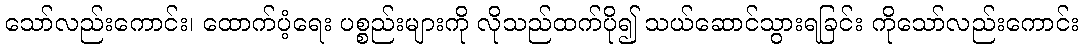
သော်လည်းကောင်း၊ ထောက်ပံ့ရေး ပစ္စည်းများကို လိုသည်ထက်ပို၍ သယ်ဆောင်သွားရခြင်း ကိုသော်လည်းကောင်း